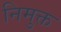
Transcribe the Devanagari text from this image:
निमुक्त